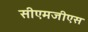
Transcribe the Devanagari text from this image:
सीएमजीएस